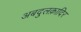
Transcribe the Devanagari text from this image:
अबदुलक़ादिर